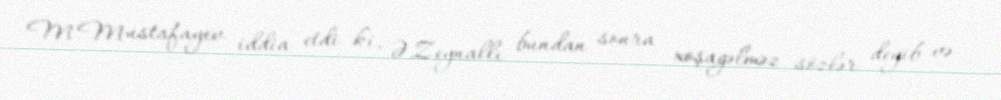
M.Mustafayev iddia etdi ki, Ə.Zeynallı bundan sonra xoşagəlməz sözlər deyib və